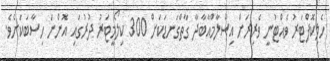
ހެލިކޮޕްޓަރު ވެއްޓުނީ ވެރިރަށް އިސްލާމްއާބާދާ ގާތްގަނޑަކަށް 300 ކިލޯމީޓަރު ދުރުގައި އޮންނަ ހިސާބަކަށެވެ.